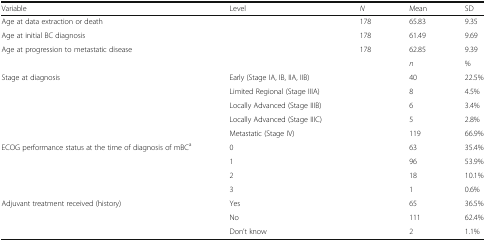
| Variable | Level | N | Mean | SD |
 | --- | --- | --- | --- | --- |
 | Age at data extraction or death |  | 178 | 65.83 | 9.35 |
 | Age at initial BC diagnosis |  | 178 | 61.49 | 9.69 |
 | Age at progression to metastatic disease |  | 178 | 62.85 | 9.39 |
 |  |  |  | n | % |
 | Stage at diagnosis | Early (Stage IA, IB, IIA, IIB) |  | 40 | 22.5% |
 |  | Limited Regional (Stage IIIA) |  | 8 | 4.5% |
 |  | Locally Advanced (Stage IIIB) |  | 6 | 3.4% |
 |  | Locally Advanced (Stage IIIC) |  | 5 | 2.8% |
 |  | Metastatic (Stage IV) |  | 119 | 66.9% |
 | <ROWSPAN=4> ECOG performance status at the time of diagnosis of mBCa | 0 |  | 63 | 35.4% |
 | 1 |  | 96 | 53.9% |
 | 2 |  | 18 | 10.1% |
 | 3 |  | 1 | 0.6% |
 | <ROWSPAN=3> Adjuvant treatment received (history) | Yes |  | 65 | 36.5% |
 | No |  | 111 | 62.4% |
 | Don’t know |  | 2 | 1.1% |